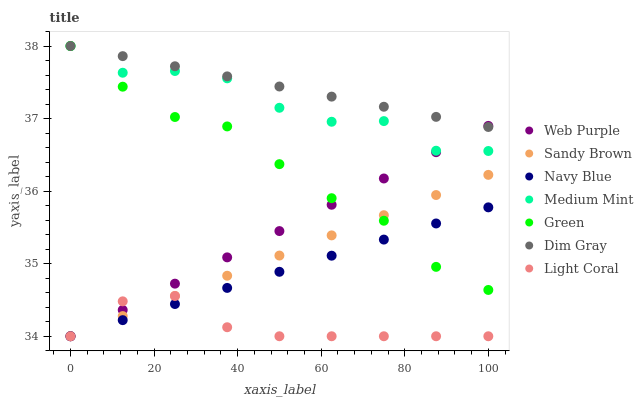
| xaxis_label | Web Purple | Sandy Brown | Navy Blue | Medium Mint | Green | Dim Gray | Light Coral |
 | --- | --- | --- | --- | --- | --- | --- | --- |
 | 0 | 34 | 34 | 34 | 38 | 38 | 38 | 34 |
 | 12.5 | 34.4 | 34.3 | 34.2 | 37.6 | 37.4 | 37.9 | 34.5 |
 | 25 | 34.7 | 34.6 | 34.4 | 37.7 | 37 | 37.7 | 34.6 |
 | 37.5 | 35.1 | 34.8 | 34.7 | 37.6 | 36.9 | 37.6 | 34.1 |
 | 50 | 35.4 | 35.1 | 34.9 | 37.1 | 36.4 | 37.4 | 34 |
 | 62.5 | 35.8 | 35.4 | 35.1 | 37 | 35.9 | 37.3 | 34 |
 | 75 | 36.2 | 35.7 | 35.3 | 37 | 35.6 | 37.2 | 34 |
 | 87.5 | 36.5 | 35.9 | 35.6 | 36.6 | 35 | 37 | 34 |
 | 100 | 36.9 | 36.2 | 35.8 | 36.6 | 34.6 | 36.9 | 34 |